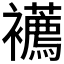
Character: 𧟆